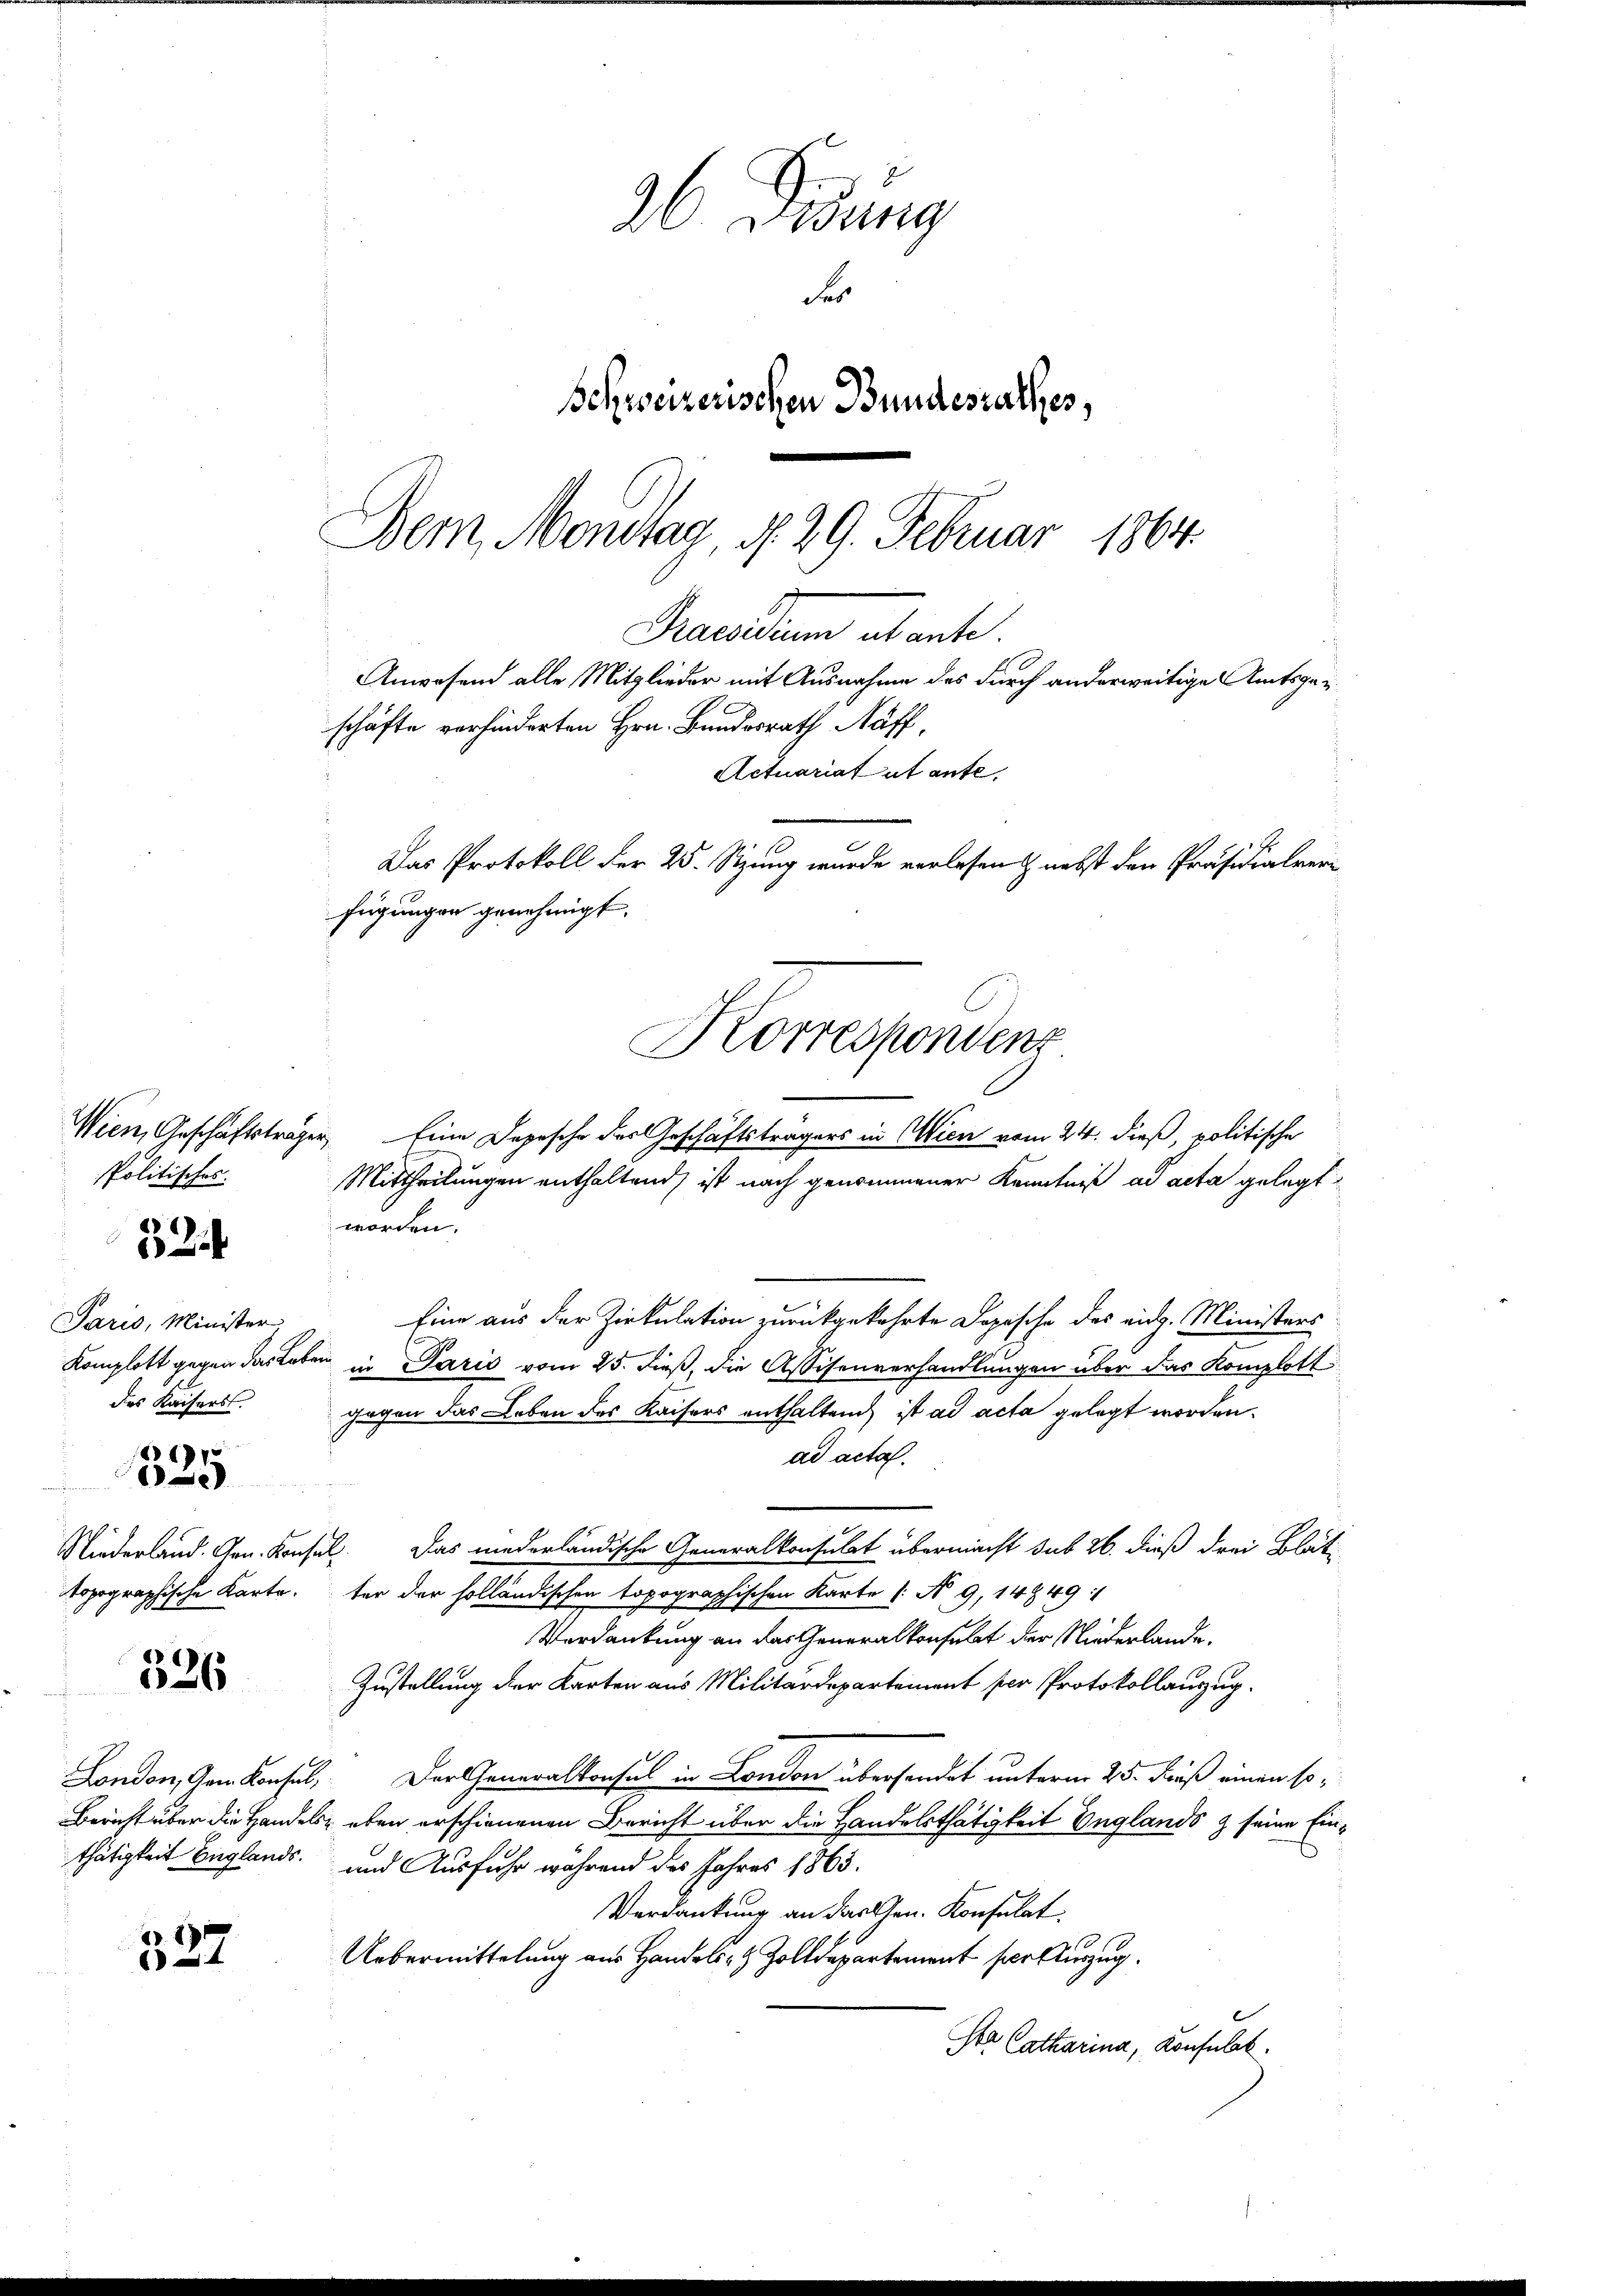
Politisches.
Paris, Minister,
des Kaiserst.
326

8
6

d
15
e

887
4

6 Didung
Fr
Schweizerischen Bundesrathes,
Dem Montag, d. 29. Februar 1864.

Praesidium abante.
schäfte verhinderten Hrn. Bundesrath Näff,
Das Protokoll der 25. Sitzung wurde verlesen & nebst den Präsidialver
fügungen genehmigt.
Korrespondenz
Wien, Geschäftsträger Eine Depesche des Geschäftsträgers in Wien vom 24. dieß, politische

Anwesend alle Mitglieder mit Ausnahme des durch anderweitige Amtsge¬

Actuariat ut ante,

Mittheilungen enthaltend, ist nach genommener Kenntniß ad acta gelegt
worden.
Eine aus der Zirkulation zurückgekehrte Dopische des eidg. Ministers
Komplett gegen das Leben in Paris vom 25. dieß, die Assisenverhandlungen über das Komplott
gegen das Leben des Kaisers enthaltend, ist ad acta gelegt worden.
ad acta.
Niederland. Gen. Konsel. Das niederländische Generalkonsulat übermacht sub 26. dieß drei Blät
opographische Karteter der holländischen topographischen Karte (: No 9, 14 § 49 :
Verdankung an das Generalkonsulat der Niederlande
Zustellung der Karten aus Militärdepartement per Protokollanzug
London, vom Konsel, Der Generalkonsul in London übersendet unterm 25. Fuß einen so¬
Bericht über die Handels eben erschienenen Bericht über die Handelsthätigkeit Englands z seine Einthätigkeit beglands- und Ausfuhr während des Jahres 1865.
Verdankung an das Gen. Konsulat
Uebermittelung aus Handels- & Zolldepartement per Auszug
Sta Catharina, Konsulat